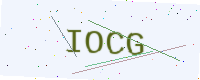
Text: IOCG